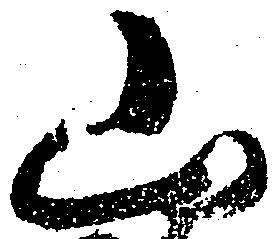
山